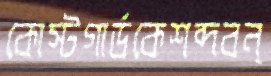
কোস্টগার্ডকেশব্দবন্